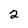
Character: 2